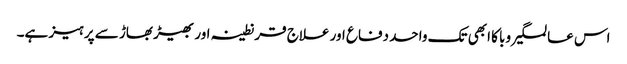
اس عالمگیر وبا کا ابھی تک واحد دفاع اور علاج قرنطینہ اور بھیڑ بھاڑ سے پرہیز ہے۔